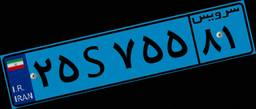
۲۵S۷۵۵۸۱